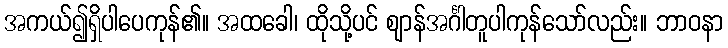
အကယ်၍ရှိပါပေကုန်၏။ အထခေါ၊ ထိုသို့ပင် ဈာန်အင်္ဂါတူပါကုန်သော်လည်း။ ဘာဝနာ